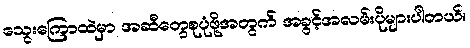
သွေးကြောထဲမှာ အဆီတွေစုပုံဖို့အတွက် အခွင့်အလမ်းပိုများပါတယ်။